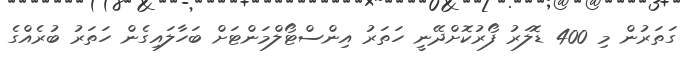
ގަތަރުން މި 400 ޑޮލަރު ފޯރުކޮށްދޭނީ ހަތަރު އިންސްޓޯލްމަންޓަށް ބަހާލައިގެން ހަތަރު ބުރެއްގެ